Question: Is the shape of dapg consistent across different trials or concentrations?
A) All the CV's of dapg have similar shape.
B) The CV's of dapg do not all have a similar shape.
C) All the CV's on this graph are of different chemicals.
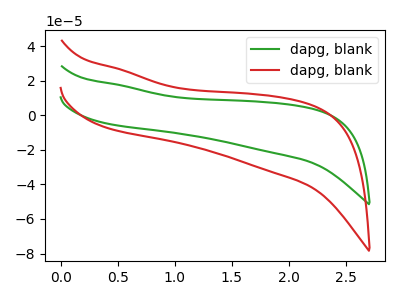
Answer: <think>The green curve "dapg, blank1" has no peaks. The red curve "dapg, blank2" has no peaks.
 Neither "dapg, blank1" or "dapg, blank2" have any peaks.</think>
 <answer>A) All the CV's of "dapg" have similar shape.</answer>
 <eval>A</eval>